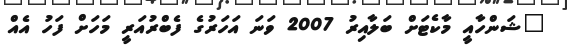
"ޝަންހާއީ މާކެޓަށް ބަލާއިރު 2007 ވަނަ އަހަރުގެ ފެބްރުއަރީ މަހަށް ފަހު އެއް